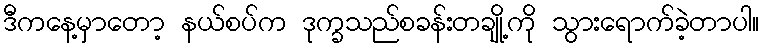
ဒီကနေ့မှာတော့ နယ်စပ်က ဒုက္ခသည်စခန်းတချို့ကို သွားရောက်ခဲ့တာပါ။